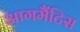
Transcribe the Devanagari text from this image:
आगमैंटिस